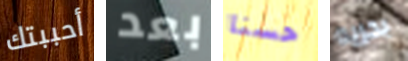
أحببتك بعد حسنا بحريه